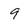
Character: 9